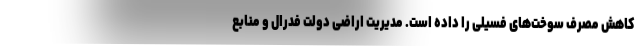
کاهش مصرف سوخت‌های فسیلی را داده است. مدیریت اراضی دولت فدرال و منابع